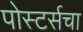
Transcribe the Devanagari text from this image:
पोस्टर्सचा